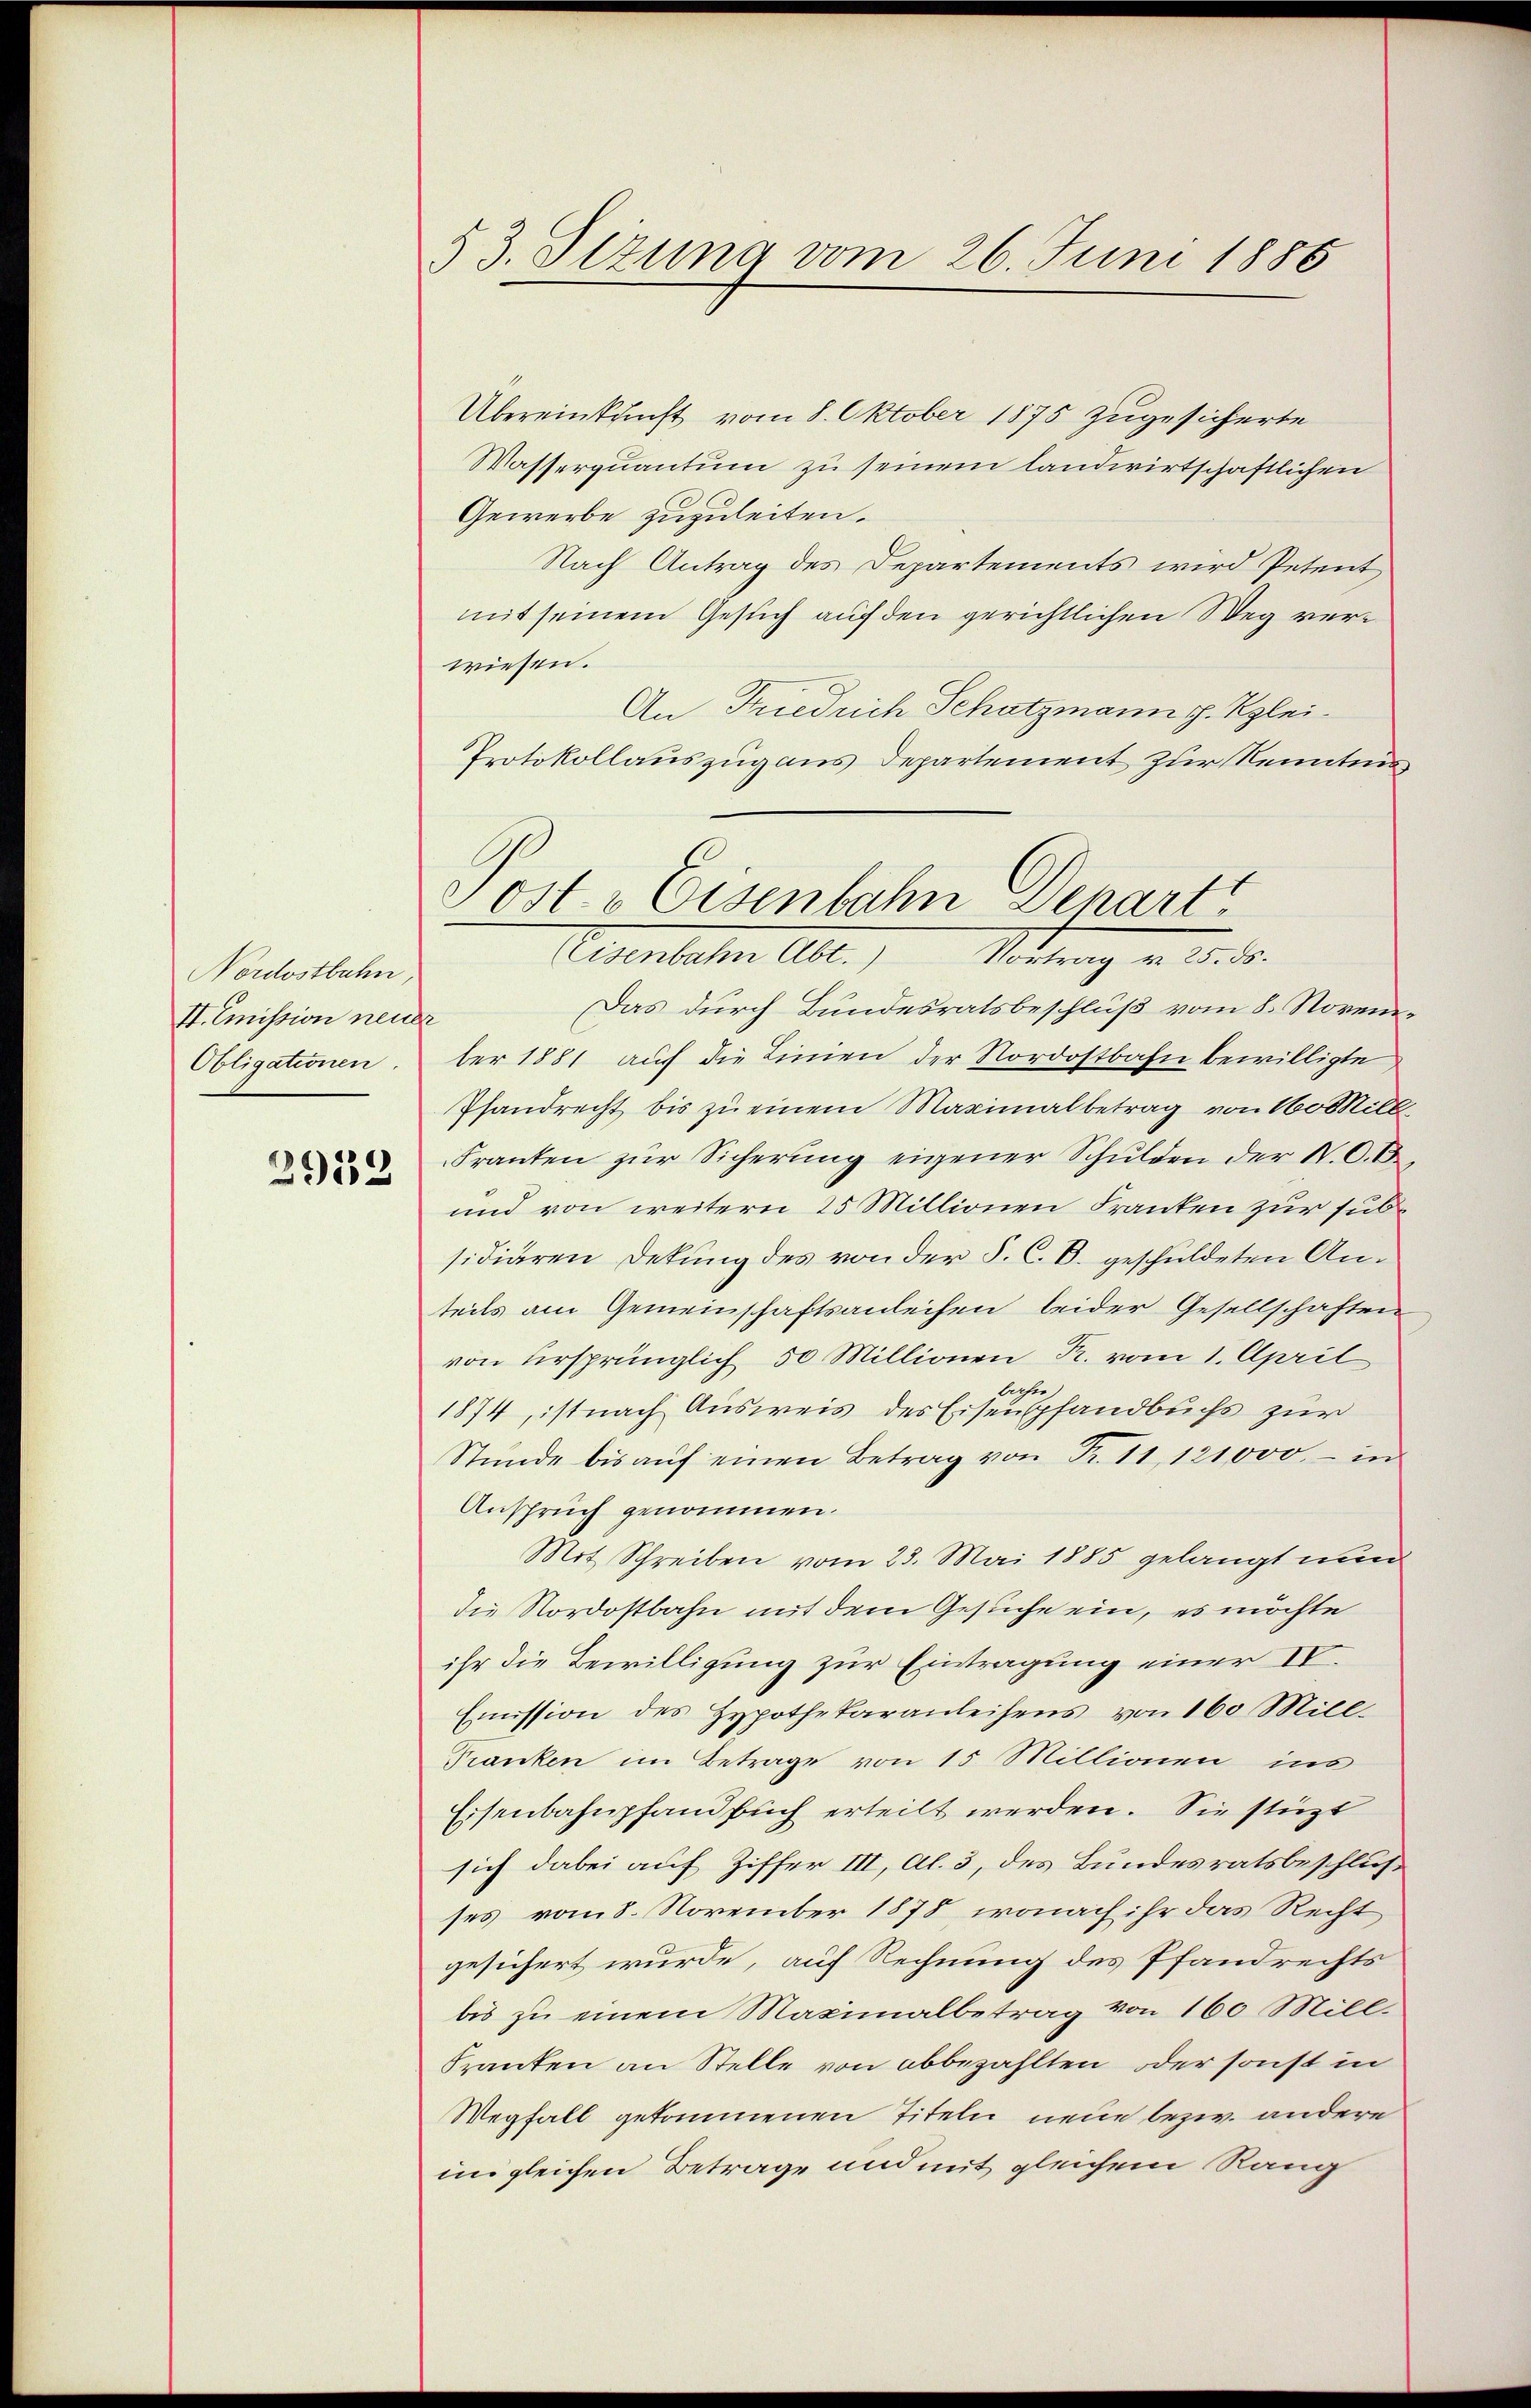
Nordostbahn,
IV. Emission neu
Obligationen.

2953

53. Sizung vom 26. Juni 1886

Übereinkunft vom 8. Oktober 1875 zugesicherte
Wasserquantum zu seinem landwirtschaftlichen
Gewerbe zuzuleiten.
Nach Antrag des Departements wird Petent
mit seinem Gesuch auf den gerichtlichen Weg verwiesen.
An Friedrich Schatzmann p. Klei¬
Protokollauszug aus Departement zur Kenntnis
Eisenbahn Abt.) Vortrag v. 25. ds.
Das durch Bundesratsbeschluß vom 8. Noveme
ber 1881 auf die Linien der Nordostbahn bewilligte
Pfandrecht bis zu einem Maximalbetrag von 10 Mill
Franten zur Sicherung eigener Schulden der N.O.B.
und von weitern 25 Millionen Franken zur subsidiären Detung des von der S. C. B. geschuldeten Anteils am Gemeinschaftsanleihen beider Gesellschaften
von Ursprünglich 50 Millionen R. vom 1. April
bache
1874, ist nach Ausweis des Eisenpfandbuchs zur
Stŭnde bis aŭf einen Betrag von Fr. 11, 121000.- in
Anspruch genommen.
Mit Schreiben vom 25. Mai 1885 gelangt nun
die Nordostbahn mit dem Gesuche ein, es möchte
ihr die Bewilligung zur Eintragung einer IV.
Eṁission des Hypothekaranleihens von 160 Mill-
Franken im Betrage von 15 Millionen ins
Eisenbahnpfandbuch erteilt werden. Sie stüzt
sich dabei auf Ziffer III, Al. 3, des Bundesratsbeschlus
ses vom 8. November 1878, wonach ihr das Recht
gesichert wurde, auf Rechnung des Pfandrechts
bis zu einem Maximalbetrag von 160 Mill.
Franken an Stelle von abbezahlten oder sonst in
Wegfall gekommenen Titeln neue bezw. andere
im gleichen Betrage und mit gleichem Rang

Post- & Eisenbahn Depart